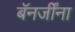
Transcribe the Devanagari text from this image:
बॅनर्जींना